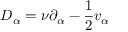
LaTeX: D _ { \alpha } = \nu \partial _ { \alpha } - \frac { 1 } { 2 } v _ { \alpha }